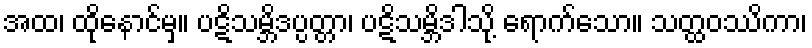
အထ၊ ထိုနောင်မှ။ ပဋိသမ္ဘိဒပ္ပတ္တာ၊ ပဋိသမ္ဘိဒါသို့ ရောက်သော။ သတ္ထဝဿိကာ၊